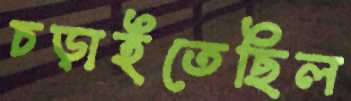
চড়াইতেছিল